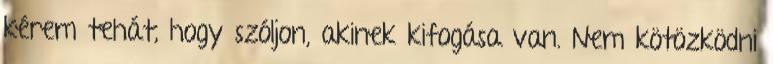
kérem tehát, hogy szóljon, akinek kifogása van. Nem kötözködni